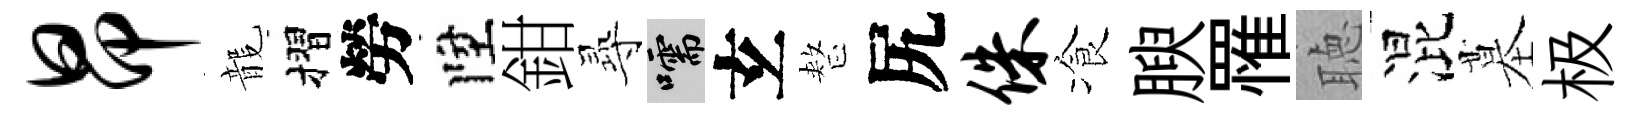
昂龍摺勞陞鉗𡬶嚅𤣥整尻侏飡腴罹聴混墓极